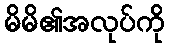
မိမိ၏အလုပ်ကို